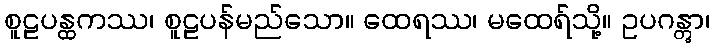
စူဠပန္ထကဿ၊ စူဠပန်မည်သော။ ထေရဿ၊ မထေရ်သို့။ ဥပဂန္တွာ၊